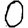
Digit: 0